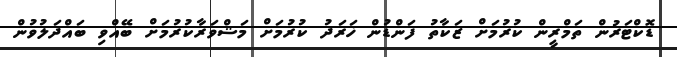
ޑޮކްޓަރުން ތަމްރީން ކުރުމަށް ޒަކާތު ފަންޑުން ޚަރަދު ކުރުމަށް މަޝްވަރާކުރުމަަށް ބޭއްވި ބައްދަލުވުން